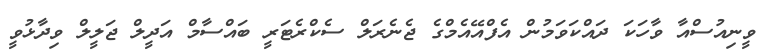
ވީނިއުސްއާ ވާހަކަ ދައްކަވަމުން އެފްއޭއެމްގެ ޖެނެރަލް ސެކްރެޓަރީ ބައްސާމް އަދީލް ޖަލީލް ވިދާޅުވީ